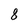
Character: 8